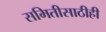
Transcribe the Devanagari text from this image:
समितीसाठीही